Vaccination in Bombay 1874-1876 - 1874-1876
Year: 1874
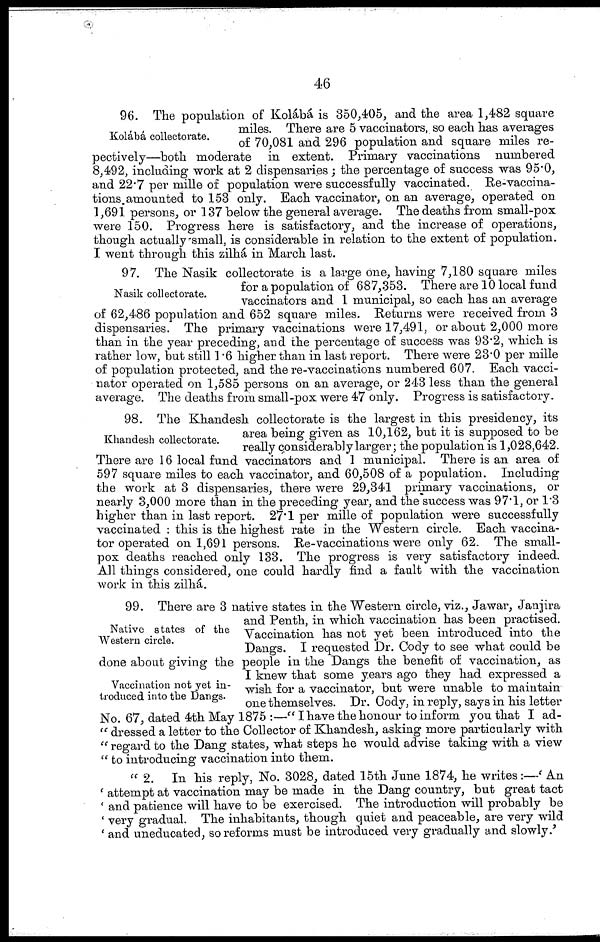
46
Kolábá collectorate.
96. The population of Kolábá is 350,405, and the area 1,482 square
miles. There are 5 vaccinators, so each has averages
of 70,081 and 296 population and square miles re¬
pectively—both moderate in extent. Primary vaccinations numbered
8,492, including work at 2 dispensaries; the percentage of success was 95.0,
and 22.7 per mille of population were successfully vaccinated. Re-vaccina-
tions amounted to 153 only. Each vaccinator, on an average, operated on
1,691 persons, or 137 below the general average. The deaths from small-pox
were 150. Progress here is satisfactory, and the increase of operations,
though actually small, is considerable in relation to the extent of population.
I went through this zilhá in March last.
Nasik collectorate.
97. The Nasik collectorate is a large one, having 7,180 square miles
for a population of 687,353. There are 10 local fund
vaccinators and 1 municipal, so each has an average
of 62,486 population and 652 square miles. Returns were received from 3
dispensaries. The primary vaccinations were 17,491, or about 2,000 more
than in the year preceding, and the percentage of success was 93.2, which is
rather low, but still 1.6 higher than in last report. There were 23.0 per mille
of population protected, and the re-vaccinations numbered 607. Each vacci-
nator operated on 1,585 persons on an average, or 243 less than the general
average. The deaths from small-pox were 47 only. Progress is satisfactory.
Khandesh collectorate.
98. The Khandesh collectorate is the largest in this presidency, its
area being given as 10,162, but it is supposed to be
really considerably larger; the population is 1,028,642.
There are 16 local fund vaccinators and 1 municipal. There is an area of
597 square miles to each vaccinator, and 60,508 of a population. Including
the work at 3 dispensaries, there were 29,341 primary vaccinations, or
nearly 3,000 more than in the preceding year, and the success was 97.1, or 1.3
higher than in last report. 27.1 per mille of population were successfully
vaccinated : this is the highest rate in the Western circle. Each vaccina-
tor operated on 1,691 persons. Re-vaccinations were only 62. The small-
pox deaths reached only 133. The progress is very satisfactory indeed.
All things considered, one could hardly find a fault with the vaccination
work in this zilhá.
Native states of the
Western circle.
Vaccination not yet in-
troduced into the Dangs.
99. There are 3 native states in the Western circle, viz., Jawar, Janjira
and Penth, in which vaccination has been practised.
Vaccination has not yet been introduced into the
Dangs. I requested Dr. Cody to see what could be
done about giving the people in the Dangs the benefit of vaccination, as
I knew that some years ago they had expressed a
wish for a vaccinator, but were unable to maintain
one themselves. Dr. Cody, in reply, says in his letter
No. 67, dated 4th May 1875 :—"I have the honour to inform you that I ad¬
" dressed a letter to the Collector of Khandesh, asking more particularly with
" regard to the Dang states, what steps he would advise taking with a view
" to introducing vaccination into them.
" 2. In his reply, No. 3028, dated 15th June 1874, he writes:—' An
' attempt at vaccination may be made in the Dang country, but great tact
' and patience will have to be exercised. The introduction will probably be
' very gradual. The inhabitants, though quiet and peaceable, are very wild
' and uneducated, so reforms must be introduced very gradually and slowly.'